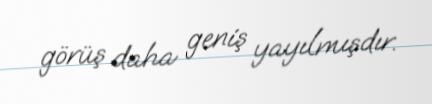
görüş daha geniş yayılmışdır.